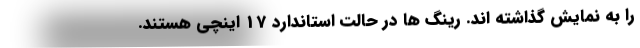
را به نمایش گذاشته اند. رینگ ها در حالت استاندارد 17 اینچی هستند.